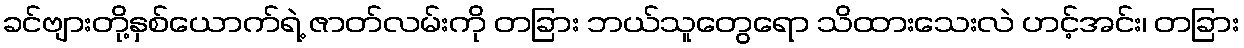
ခင်ဗျားတို့နှစ်ယောက်ရဲ့ ဇာတ်လမ်းကို တခြား ဘယ်သူတွေရော သိထားသေးလဲ ဟင့်အင်း၊ တခြား